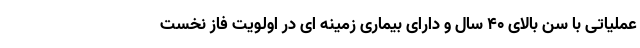
عملیاتی با سن بالای ۴۰ سال و دارای بیماری زمینه ای در اولویت فاز نخست